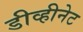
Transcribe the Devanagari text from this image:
डीव्हीनेट